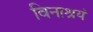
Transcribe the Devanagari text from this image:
विनाश्रयं